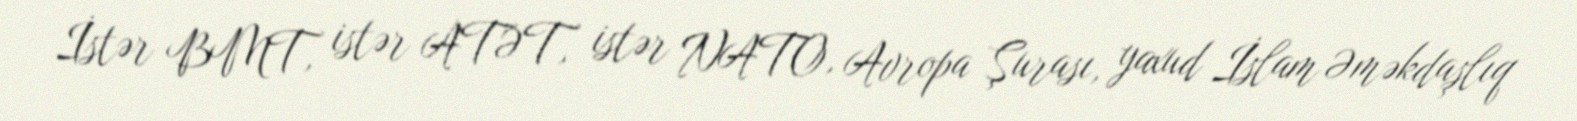
İstər BMT, istər ATƏT, istər NATO, Avropa Şurası, yaxud İslam Əməkdaşlıq